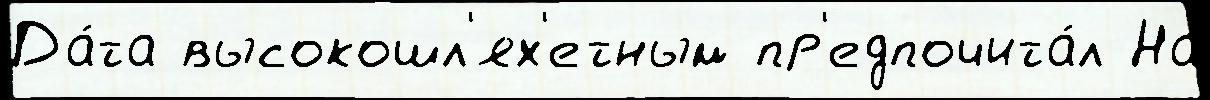
Да́та высокошл'ях'етным пр'едпочита́л На